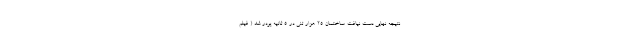
نتیجه نهایی دست نیافت. ساختمان 25 هزار تنی در 5 ثانیه پودر شد ( فیلم